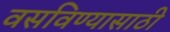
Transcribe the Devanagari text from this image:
वसविण्यासाठी